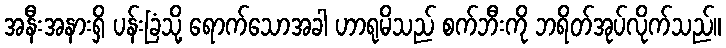
အနီးအနားရှိ ပန်းခြံသို့ ရောက်သောအခါ ဟာရုမိသည် စက်ဘီးကို ဘရိတ်အုပ်လိုက်သည်။